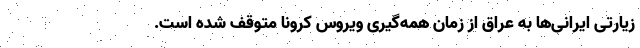
زیارتی ایرانی‌ها به عراق از زمان همه‌گیری ویروس کرونا متوقف شده است.